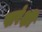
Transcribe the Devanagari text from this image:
सरंक्षी